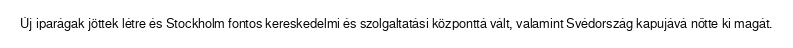
Új iparágak jöttek létre és Stockholm fontos kereskedelmi és szolgaltatási központtá vált, valamint Svédország kapujává nőtte ki magát.